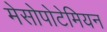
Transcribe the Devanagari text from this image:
मेसोपोटेमियन